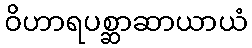
ဝိဟာရပစ္ဆာဆာယာယံ